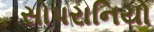
સોપરાનિયો